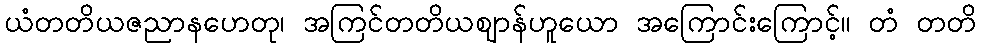
ယံတတိယဇညာနဟေတု၊ အကြင်တတိယဈာန်ဟူယော အကြောင်းကြောင့်။ တံ တတိ